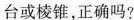
台或棱锥，正确吗？